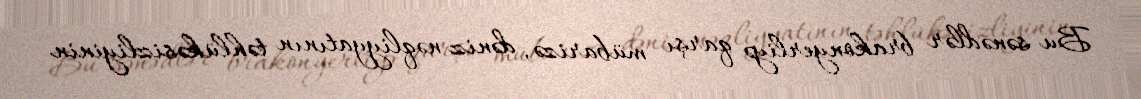
Bu sənədlər brakonyerliyə qarşı mübarizə, dəniz nəqliyyatının təhlükəsizliyinin